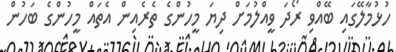
ހުޅުމާލޭގައި ބޭއްވި ރޯދަ ވީއްލުމަށް ދިޔަ މީހުންގެ ތެރެއިން އެތައް މީހުންގެ ބަހުން